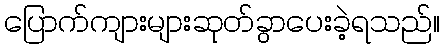
ပြောက်ကျားများဆုတ်ခွာပေးခဲ့ရသည်။